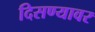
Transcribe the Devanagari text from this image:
दिसण्यावर